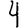
Digit: 4